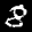
Label: 8